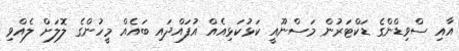
އާއި ސްވިޑްންގެ ޑަކްޓަރުން މަސްނޫއީ ކަޅުކަޅިއެއް އުފައްދައި ބައެއް މީހުންގެ ލޮލަށް ލެއްވި